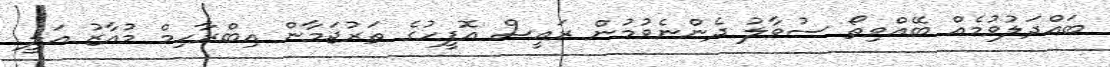
ބައްދަލުވުމެއް ބޭއްވިތޯ ސުވާލު ދެންނެވުމުން ރައީސް އޮފީހުގެ ތަރުޖަމާން އިބްރާހިމް މުއާޒު އަލީ